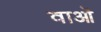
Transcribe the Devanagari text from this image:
वाओं